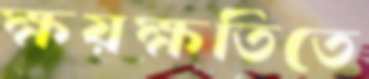
ক্ষয়ক্ষতিতে